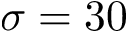
\sigma = 3 0